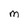
Character: m